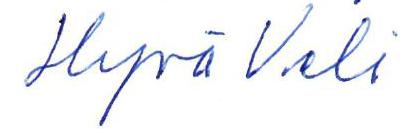
Hyvä Veli